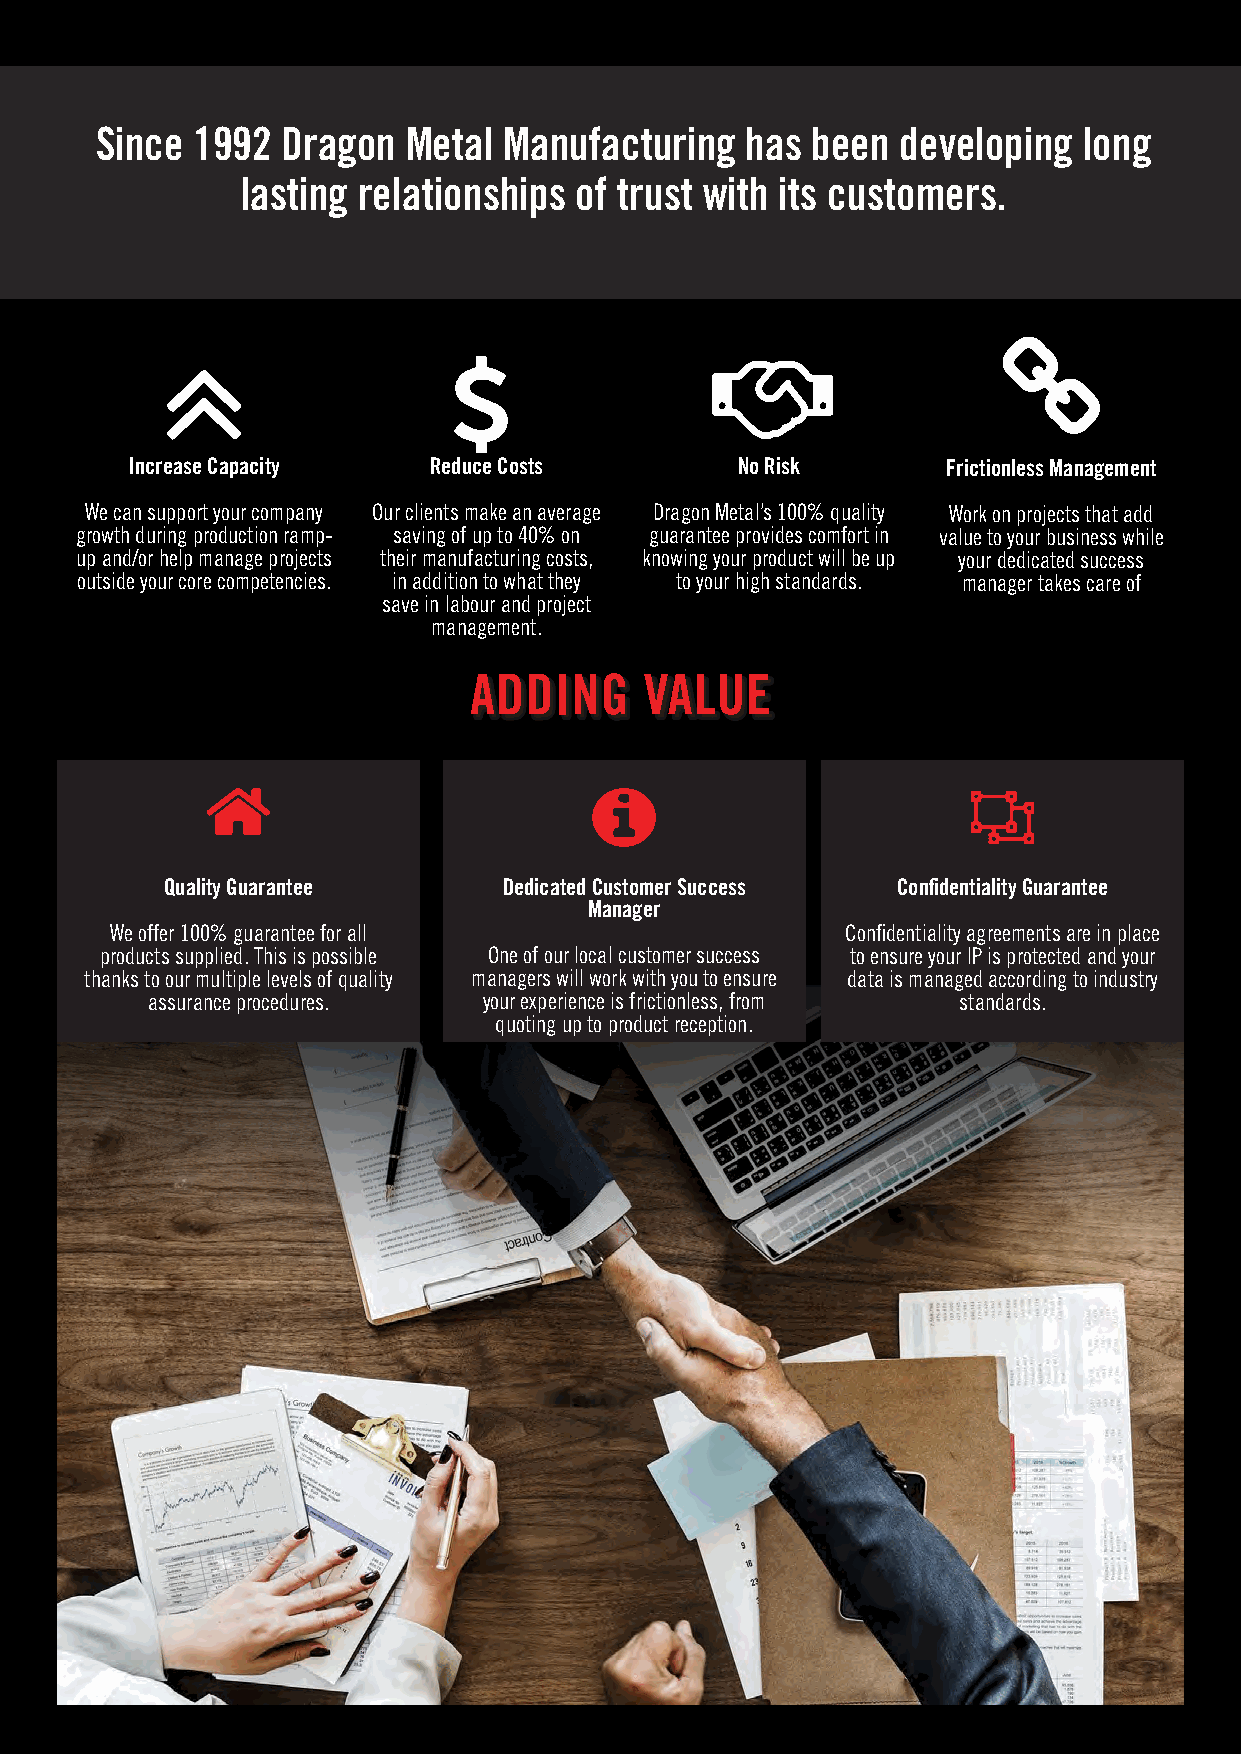
Since  1992  Dragon  Metal Manufacturing   has  been  developing  long
 lasting relationships of trust with its customers.
 Increase Capacity   Reduce Costs         No Risk       Frictionless Management
 We can support your company Our clients make an average Dragon Metal’s 100% quality Work on projects that add
 growth during production ramp- saving of up to 40% on guarantee provides comfort in value to your business while
 up and/or help manage projects their manufacturing costs, knowing your product will be up your dedicated success
 outside your core competencies. in addition to what they to your high standards. manager takes care of
 save in labour and project
 management.
 ADDING      VALUE
 Quality Guarantee     Dedicated Customer Success Confidentiality Guarantee
 Manager
 We offer 100% guarantee for all                  Confidentiality agreements are in place
 products supplied. This is possible One of our local customer success to ensure your IP is protected and your
 thanks to our multiple levels of quality managers will work with you to ensure data is managed according to industry
 assurance procedures. your experience is frictionless, from standards.
 quoting up to product reception.